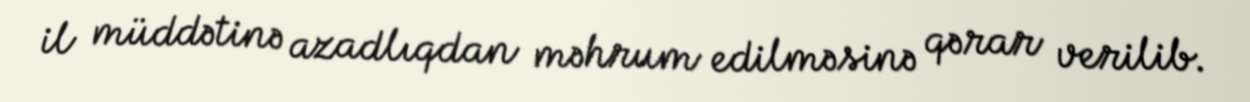
il müddətinə azadlıqdan məhrum edilməsinə qərar verilib.